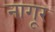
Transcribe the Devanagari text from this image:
नागूर